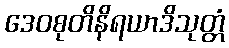
ဒေဝစုတိနိရယာဒိသုတ္တံ